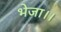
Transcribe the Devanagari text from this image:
भेजा।।